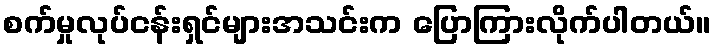
စက်မှုလုပ်ငန်းရှင်များအသင်းက ပြောကြားလိုက်ပါတယ်။